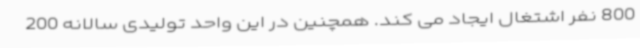
800 نفر اشتغال ایجاد می کند. همچنین در این واحد تولیدی سالانه 200